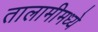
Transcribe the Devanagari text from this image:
तालामीमध्ये